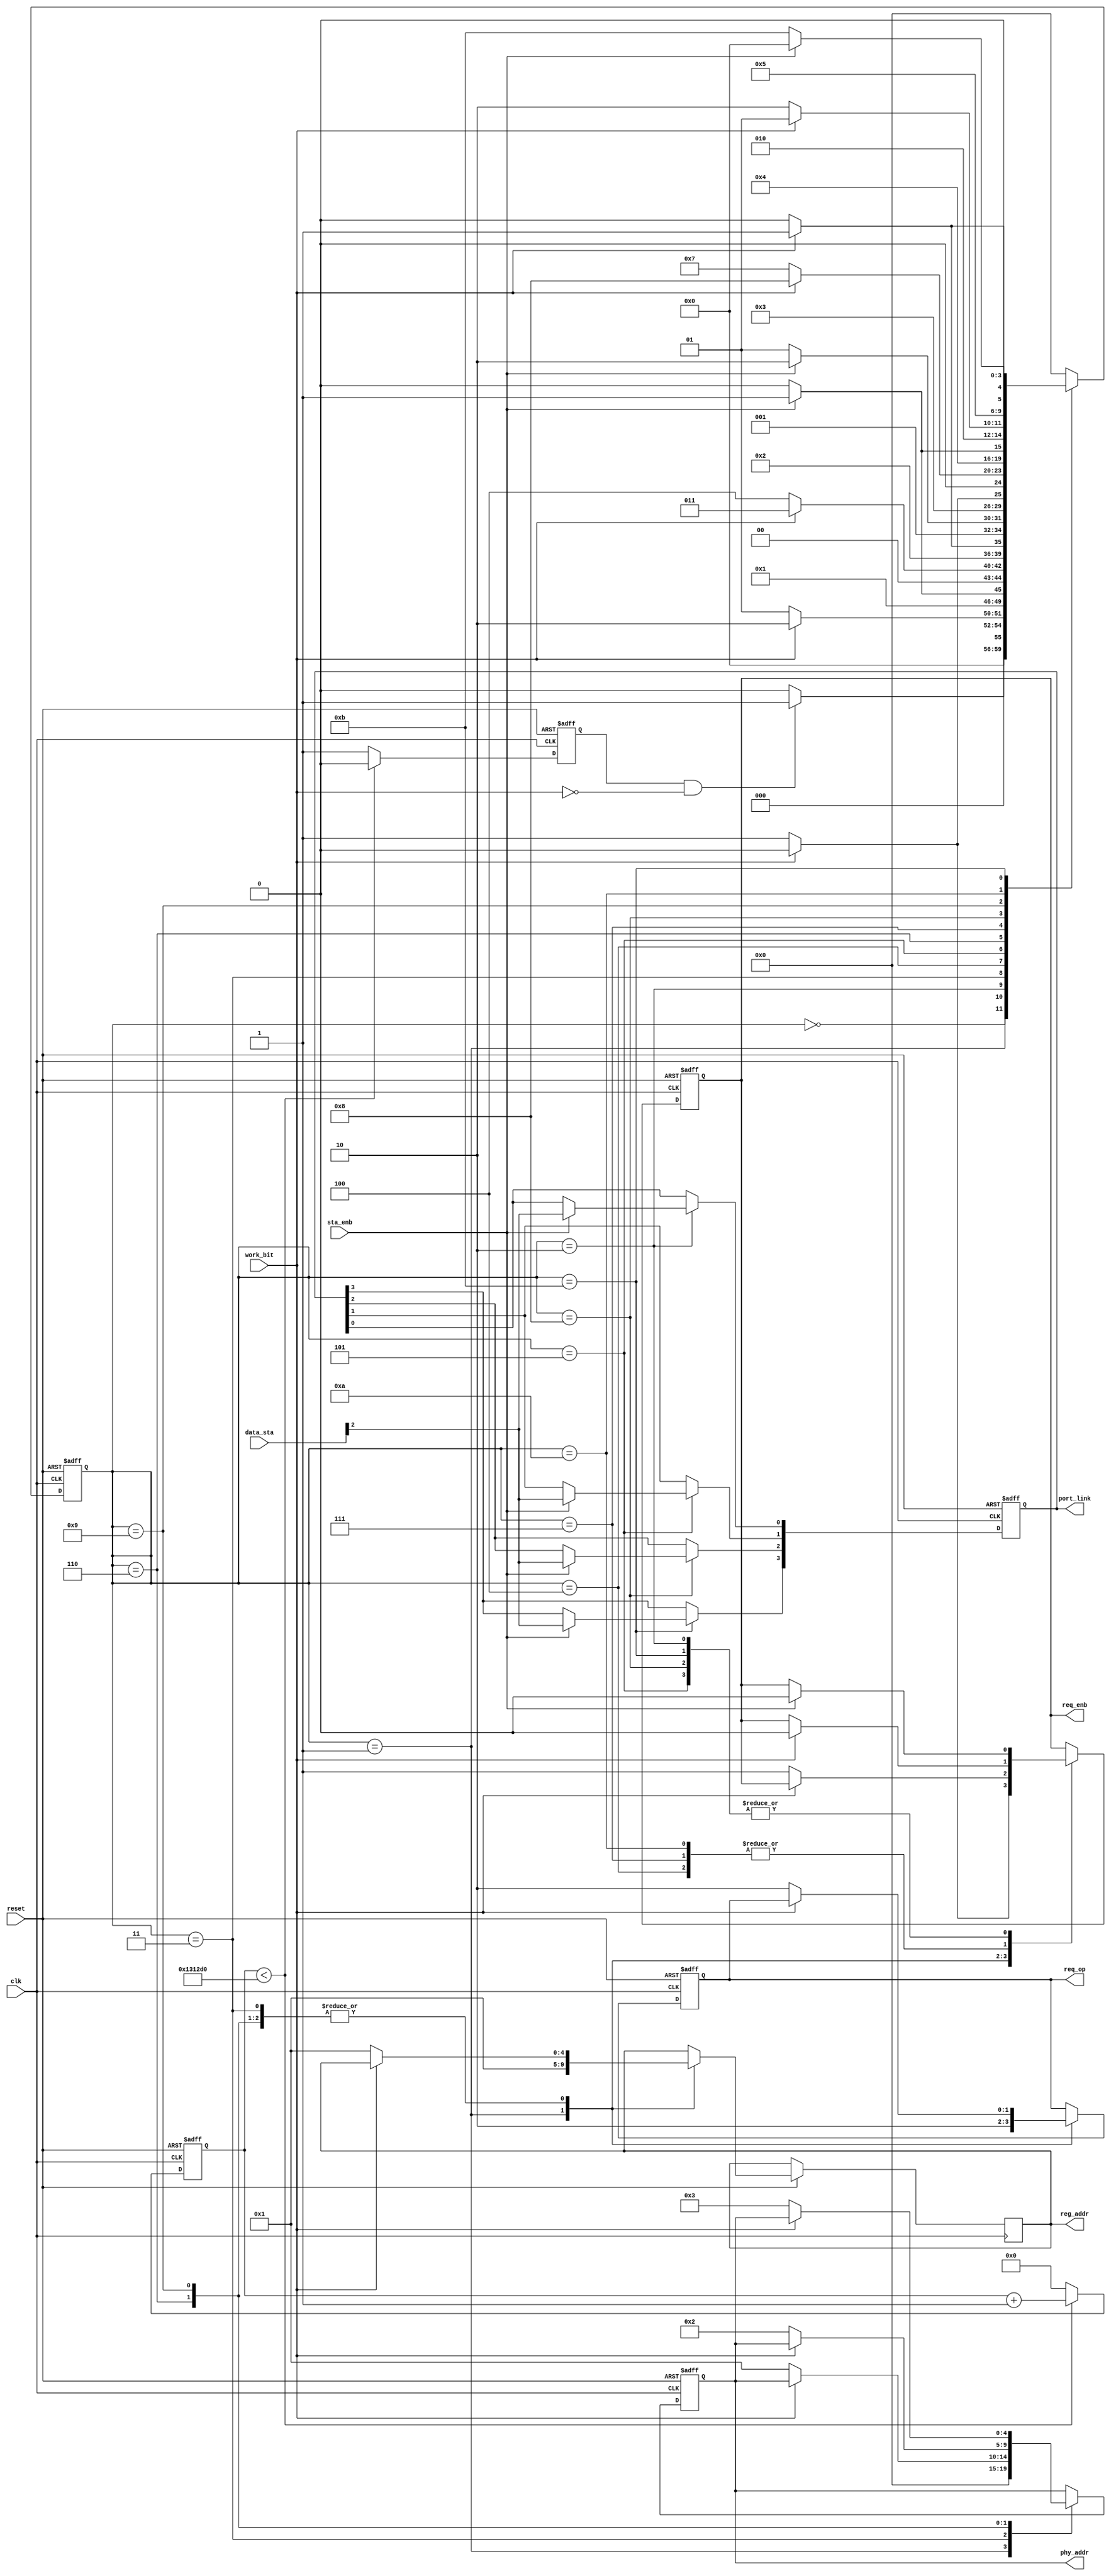
module reg_access (
		input clk,
		input reset,
		input work_bit,
		//
		output reg req_enb,
		output reg [1:0] req_op,
		output reg [4:0]phy_addr,
		output reg [4:0]reg_addr,
		output reg [3:0]port_link,
		input  [15:0]data_sta,
		input  sta_enb
);
reg [31:0]cnt;
reg [4:0]state;
reg timer;
parameter	  	idle      =4'd0,
					read_port0=4'h1,
					send_data0=4'h2,
					read_port1=4'd3,
					key_data1 =4'd4,
					send_data1=4'd5,
					read_port2=4'd6,
					key_data2 =4'd7,
					send_data2=4'd8,
					read_port3=4'd9,
					key_data3 =4'hA,
					send_data3=4'hB;
					//
always@(posedge clk,negedge reset)begin//
   if(!reset)begin
					cnt<=32'b0;
					timer<=1'b0;
					end
	else if(cnt<32'd1250000)begin	
				cnt<=cnt+1'b1;
				timer<=1'b0;
		  end
	else begin
			cnt<=32'b0;
			timer<=1'b1;
		  end
 end 

always@(posedge clk,negedge reset)begin
	if(!reset)begin
					req_enb<=1'b0;
					req_op<=2'b10;
					phy_addr<=5'b0;
					port_link<=4'b0;
					state<=idle;
					end
	else begin//0.1slink
			case(state) 
				 idle:  if(timer==1'b1&&work_bit==1'b0)begin//0.1s
							state<=read_port0;
							end
							else begin
							state<=idle;//
							end
							//					
		   read_port0: begin//0link
							req_enb<=1'b1;//
							req_op<=2'b10;//
							phy_addr<=5'd0;//0
							reg_addr<=5'd1;//phy
							if(work_bit==1'b1)begin//
								req_enb<=1'b0;
								state<=send_data0;
							end
							else begin
							state<=read_port0;
							end
						end
							//								
		   send_data0:   begin//link,
							   if(sta_enb==1'b1)begin//
								port_link[0]<=data_sta[2];
								req_enb<=1'b0;
								state<=read_port1;
								end
								else begin
								state<=send_data0;
								end								
							end
							//						
		   read_port1: 	if(work_bit==1'b0)begin//1link
								req_enb<=1'b1;
								req_op<=2'b10;
								phy_addr<=5'd1;
								reg_addr<=5'd1;//phy
								state<=key_data1;
								end
						      else begin
								state<=read_port1;
							   end
							//
			key_data1:	   if(work_bit==1'b1)begin//
								req_enb<=1'b0;
								state<=send_data1;
								end
						      else begin
							   state<=key_data1;
						      end	
                           //						
		   send_data1:    begin//link,
								if(sta_enb==1'b1)begin//									
									port_link[1]<=data_sta[2];
									req_enb<=1'b0;
									state<=read_port2;
									end
								else begin
									state<=send_data1;
									end
								end
							//
	       read_port2:		if(work_bit==1'b0)begin//2link
							       req_enb<=1'b1;
							       req_op<=2'b10;
						          phy_addr<=5'd2;
							       reg_addr<=5'd1;//phy
							       state<=key_data2;
							       end
							       else begin
							       state<=read_port2;
							       end	
							//
			key_data2:	   if(work_bit==1'b1)begin//
								req_enb<=1'b0;
								state<=send_data2;
								end
						      else begin
							   state<=key_data2;
						      end	
                           //				
		   send_data2:    begin//link,
								   if(sta_enb==1'b1)begin//									
									port_link[2]<=data_sta[2];
									req_enb<=1'b0;
									state<=read_port3;
									end
									else begin
									state<=send_data2;
									end
						      end
		            	//					
		   read_port3:	    begin
							    if(work_bit==1'b0)begin//3link
							    req_enb<=1'b1;
							    req_op<=2'b10;
						       phy_addr<=5'd3;
							    reg_addr<=5'd1;//phy
							    state<=key_data3;
							    end
							    else begin
							    state<=read_port3;
							    end
						       end
							//
		    key_data3:	    if(work_bit==1'b1)begin//
								  req_enb<=1'b0;
								  state<=send_data3;
						       end
						       else begin
							    state<=key_data3;
						       end	
                           //				
		   send_data3:	    if(sta_enb==1'b1)begin//									
							  	 port_link[3]<=data_sta[2];
							    req_enb<=1'b0;
								 state<=idle;
						       end
						       else begin
								 state<=send_data3;
						       end					 
			default:		    state<=idle;		
			endcase
		end
		end
endmodule